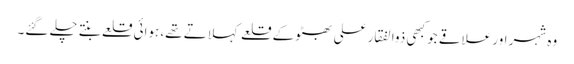
وہ شہر اور علاقے جو کبھی ذوالفقار علی بھٹو کے قلعے کہلاتے تھے، ہوائی قلعے بنتے چلے گئے۔